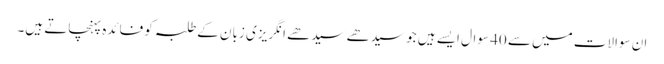
ان سوالات میں سے 40 سوال ایسے ہیں جو سیدھے سیدھے انگریزی زبان کے طلبہ کو فائدہ پہنچاتے ہیں۔